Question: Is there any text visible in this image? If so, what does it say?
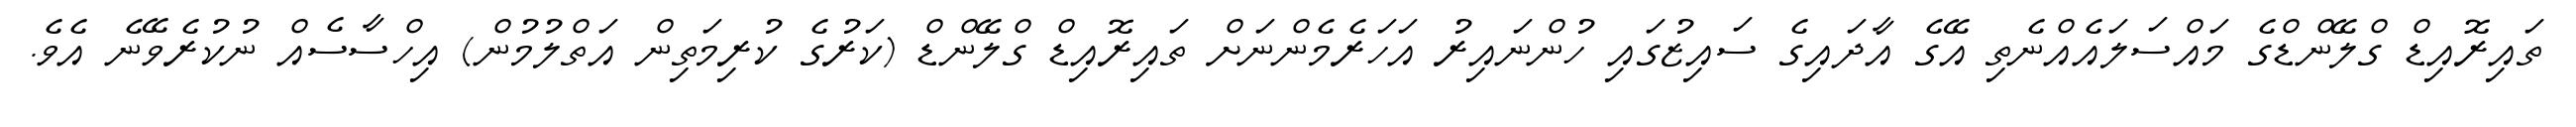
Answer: ތައިރޮއިޑް ގްލޭންޑްގެ މައްސަލައެއްނެތި އޭގެ އާދައިގެ ސައިޒުގައި ހުންނައިރު އަހަރެމެންނަށް ތައިރޮއިޑް ގްލޭންޑް (ކަރުގެ ކުރިމަތިން އަތްލުމުން) އިހްސާސެއް ނުކުރެވޭނެ އެވެ.